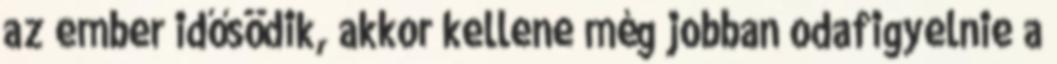
az ember idősödik, akkor kellene még jobban odafigyelnie a